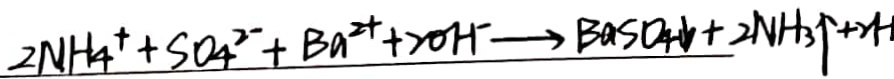
2 N H _ { 4 } ^ { + } + S O _ { 4 } ^ { 2 - } + B a ^ { 2 + } + 2 0 H ^ { - } + B a S O _ { 4 } \downarrow + 2 N H _ { 3 } \uparrow + 2 H